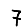
Digit: 7